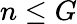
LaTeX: n\leq G